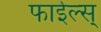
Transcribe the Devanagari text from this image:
फाईल्स्